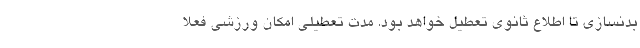
بدنسازی تا اطلاع‌ ثانوی تعطیل خواهد بود. مدت تعطیلی امکان ورزشی فعلا